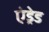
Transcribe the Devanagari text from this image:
एंड्रेड